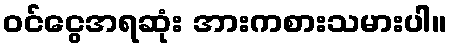
ဝင်ငွေအရဆုံး အားကစားသမားပါ။